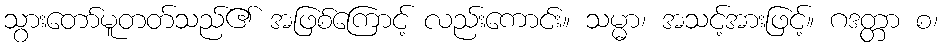
သွားတော်မူတတ်သည်၏ အဖြစ်ကြောင့် လည်းကောင်း။ သမ္မာ၊ အသင့်အားဖြင့်။ ဂဒတ္တာ စ၊